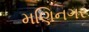
મણિનગર